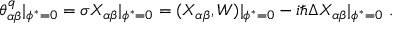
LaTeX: \theta _ { \alpha \beta } ^ { q } | _ { \phi ^ { * } = 0 } = \sigma X _ { \alpha \beta } | _ { \phi ^ { * } = 0 } = ( X _ { \alpha \beta } , W ) | _ { \phi ^ { * } = 0 } - i \hbar \Delta X _ { \alpha \beta } | _ { \phi ^ { * } = 0 } \ .